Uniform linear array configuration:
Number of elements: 8
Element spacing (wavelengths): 0.5
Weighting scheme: uniform
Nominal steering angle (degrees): -30
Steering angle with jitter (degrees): -29.147
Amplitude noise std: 0.05
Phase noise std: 0.05

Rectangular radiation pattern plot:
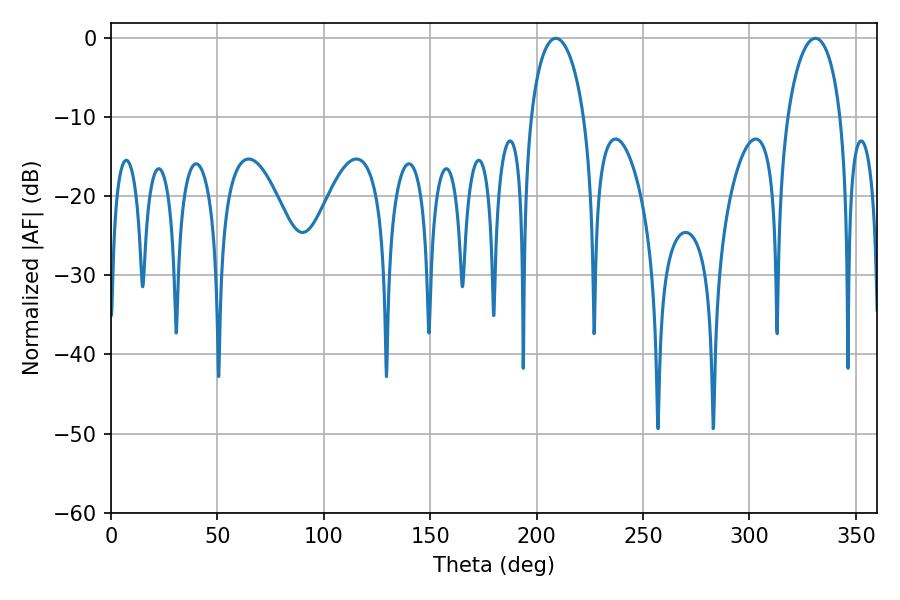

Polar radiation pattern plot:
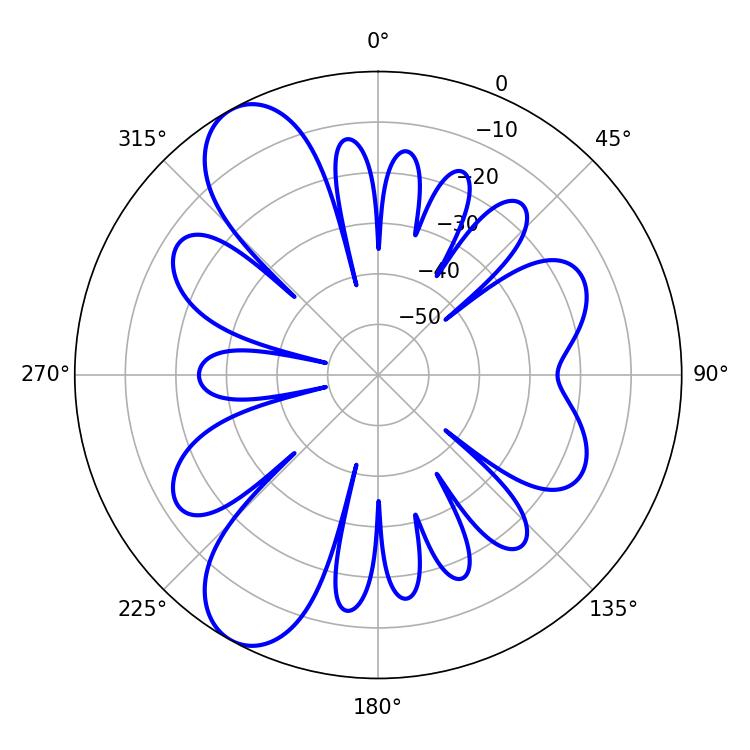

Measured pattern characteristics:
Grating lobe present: FALSE
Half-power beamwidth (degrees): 14.22
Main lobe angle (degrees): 208.98